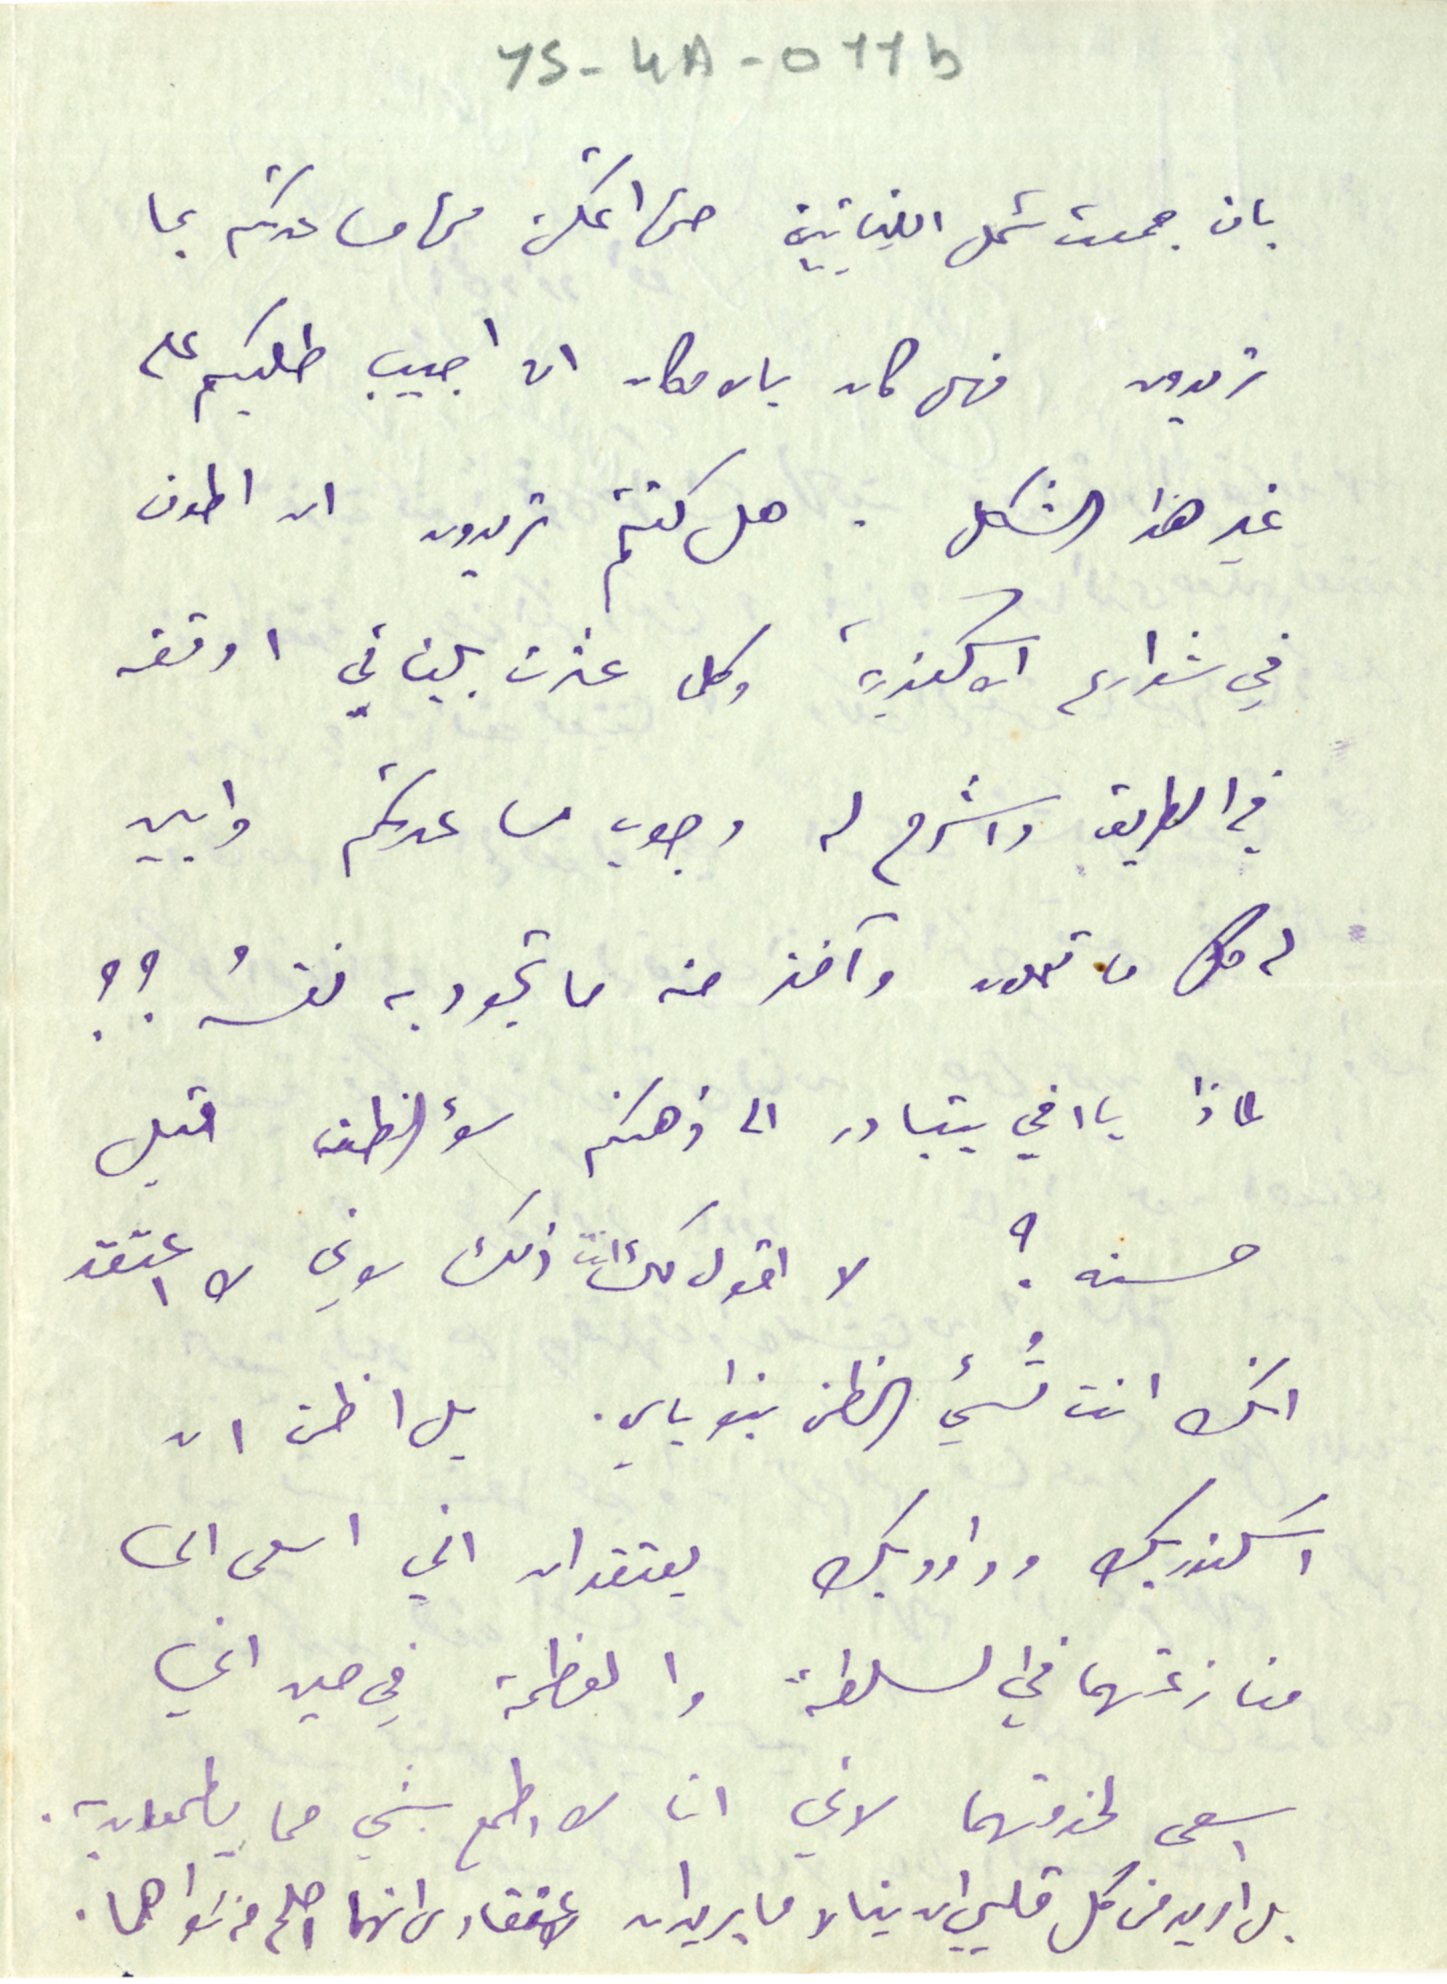
YS-4A-011b
بان جمعت شمل اللبنانيين حتى اتمكن من مساعدتكم بما
تريدون فهل كان بالامكان ان اجيب طلبكم على
غير هذا الشكل. هل كنتم تريدون ان اطوف
في شوارع الاسكندرية وكلما عثرت بلبناني اوقفه
في الطريق واشرح له وجوب مساعدتكم وابين
له كل ما تعملون وآخذ منه ما تجود به نفسُه ؟؟
 لماذا يا اخي يتبادر الى ذهنكم سؤ الظن قبل
حسنه؟ لا اقول لك انت ذلك لاني لا اعتقد
انك انت تُسيء الظن بنوياي. بل اظن ان
اسكندر بك وداود بك يعتقدان اني اسعى الى
منازعتهما في السلطة والعظمة في حين اني
 اسعى لخدمتهما لاني انا لا اطمع بشي مما يطمعان به.
بل اريد من كل قلبي ان ينالا ما يريدان لاعتقادى انهما اصلح من سَواهما.